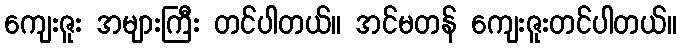
ကျေးဇူး အများကြီး တင်ပါတယ်။ အင်မတန် ကျေးဇူးတင်ပါတယ်။